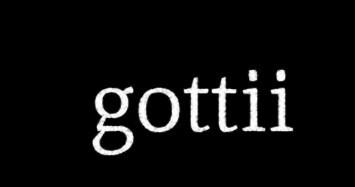
gottii